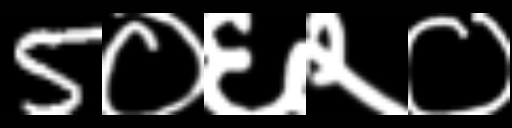
Text: 5०६२०